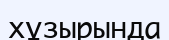
хұзырында